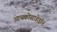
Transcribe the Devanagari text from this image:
आयकोसाहेड्रॉन